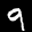
Label: 9